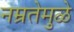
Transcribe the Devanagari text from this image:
नम्रतेमुळे